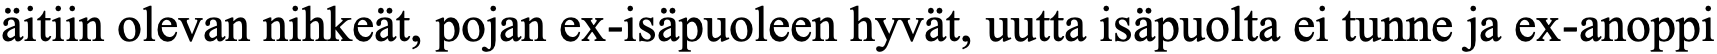
äitiin olevan nihkeät, pojan ex-isäpuoleen hyvät, uutta isäpuolta ei tunne ja ex-anoppi